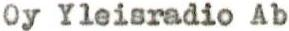
Oy Yleisradio Ab